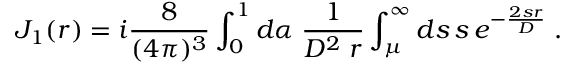
J _ { 1 } ( r ) = i \frac { 8 } { ( 4 \pi ) ^ { 3 } } \int _ { 0 } ^ { 1 } d \alpha \; \frac { 1 } { D ^ { 2 } \; r } \int _ { \mu } ^ { \infty } d s \, s \, e ^ { - \frac { 2 s r } { D } } \; .